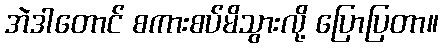
အဲဒါတောင် စကားစပ်မိသွားလို့ ပြောပြတာ။